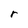
Character: r